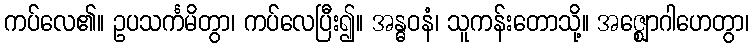
ကပ်လေ၏။ ဥပသင်္ကမိတွာ၊ ကပ်လေပြီး၍။ အန္ဓဝနံ၊ သူကန်းတောသို့။ အဇ္ဈောဂါဟေတွာ၊